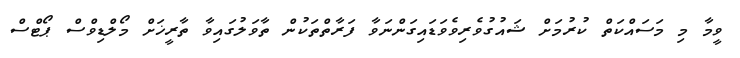
ވީމާ މި މަސައްކަތް ކުރުމަށް ޝައުގުވެރިވެވަޑައިގަންނަވާ ފަރާތްތަކުން ތާވަލުގައިވާ ތާރީޚަށް މޯލްޑިވްސް ޕޯޓްސް